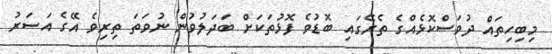
މިބިހިތައް ދުވަސްކޮޅެއްގެ ތެރޭގައި ބޮޑުވެ ފޮޅުތަކަށް ބަދަލުވުން ނުވަތަ ތިރިވެ އޭގެ އަސަރު